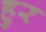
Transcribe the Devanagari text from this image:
हुर